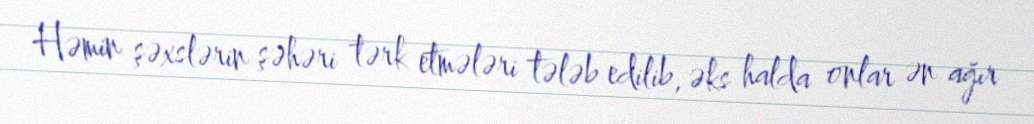
Həmin şəxslərin şəhəri tərk etmələri tələb edilib, əks halda onlar ən ağır